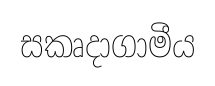
සකෘදාගාමීය